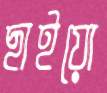
ছাইয়ো